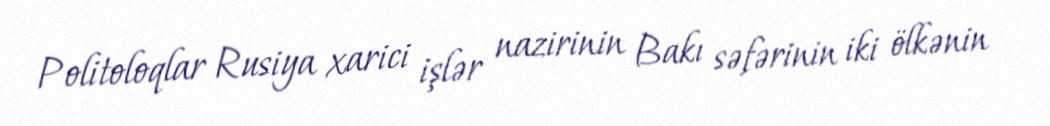
Politoloqlar Rusiya xarici işlər nazirinin Bakı səfərinin iki ölkənin